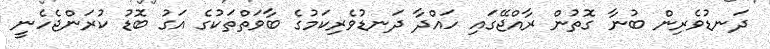
ދަނޑުވެރިން ބުނާ ގޮތުން ރާއްޖޭގައި ހައްދާ ދަނޑުވެރިކަމުގެ ބާވަތްތަކުގެ އަގު ބޮޑު ކުރަންޖެހެނީ